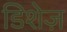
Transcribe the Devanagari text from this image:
डिशेज़